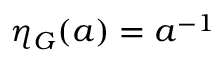
\eta _ { G } ( a ) = a ^ { - 1 }